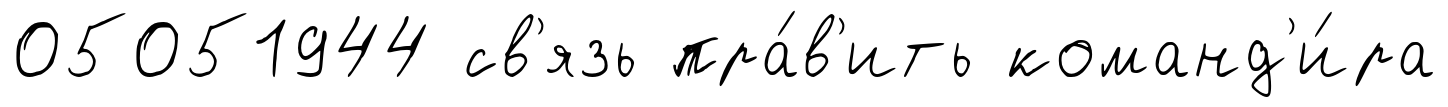
05051944 св'язь пра́в'ить команд'и́ра